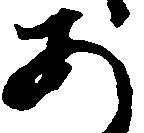
あ